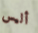
أليس